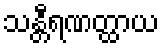
သန္တီရဏတ္ထာယ